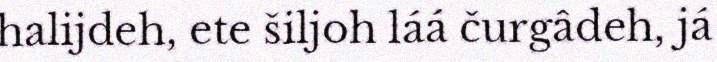
halijdeh, ete šiljoh láá čurgâdeh, já